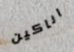
اناكين